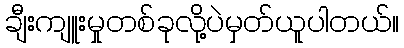
ချီးကျူးမှုတစ်ခုလို့ပဲမှတ်ယူပါတယ်။